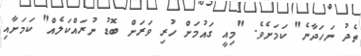
ތެދު ނަހަދާނެ" ކަމަށެެވެ. "މިއީ ގައުމަށް ހުރި ވަރަށް ބޮޑު ނުރައްކަލެއް" ކަމަށާއި